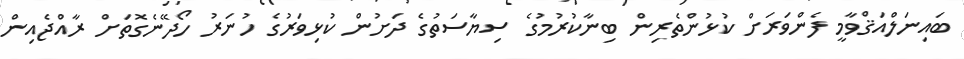
ބައިނަލްއަޤްވާމީ ފެންވަރަށް ކުޅުންތެރިން ބިނާކުރުމުގެ ސިޔާސަތުގެ ދަށުން ކުޅިވަރުގެ ހުނަރު ހޯދޭނެގޮތަށް ރާއްޖެއިން